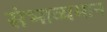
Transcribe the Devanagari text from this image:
संभाव्यमान